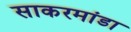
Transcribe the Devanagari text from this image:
साकरमांडा